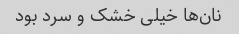
نان‌ها خیلی خشک و سرد بود